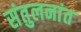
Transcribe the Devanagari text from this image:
संतुलनांत